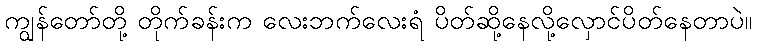
ကျွန်တော်တို့ တိုက်ခန်းက လေးဘက်လေးရံ ပိတ်ဆို့နေလို့လှောင်ပိတ်နေတာပဲ။